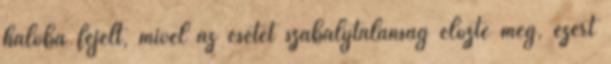
hálóba fejelt, mivel az esetet szabálytalanság előzte meg, ezért